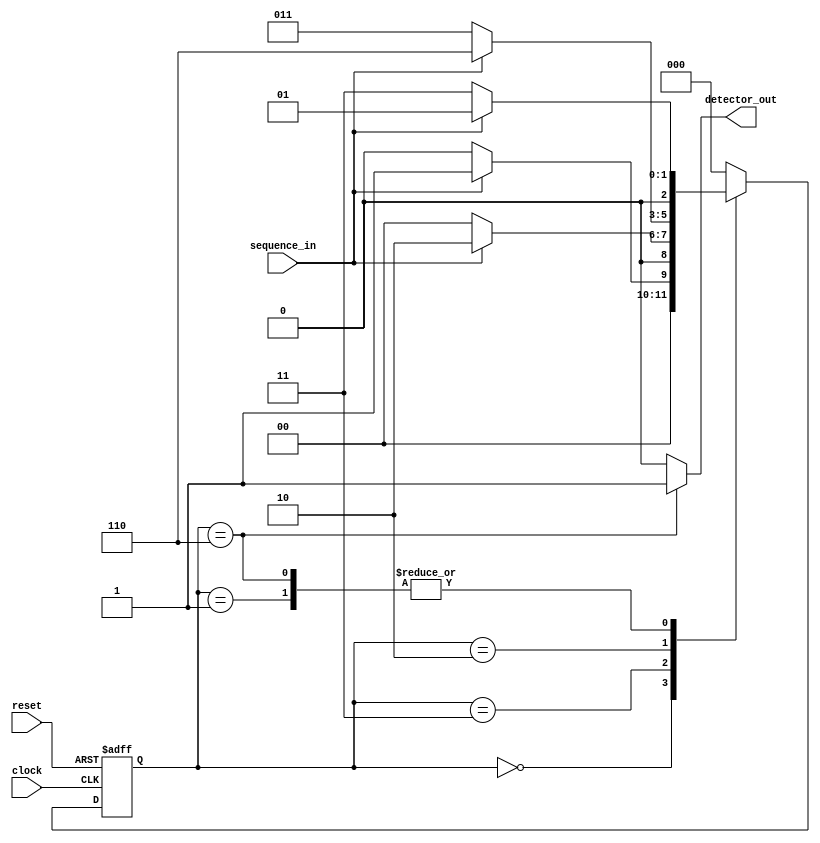
// fpga4student.com: FPGA projects, Verilog projects, VHDL projects
// Verilog project: Verilog code for Sequence Detector using Moore FSM
// The sequence being detected is "1011" or One Zero One One 
module Sequence_Detector_MOORE_Verilog(sequence_in,clock,reset,detector_out
    );
input clock; // clock signal
input reset; // reset input
input sequence_in; // binary input
output reg detector_out; // output of the sequence detector
parameter  Zero=3'b000, // "Zero" State
  One=3'b001, // "One" State
  OneZero=3'b011, // "OneZero" State
  OneZeroOne=3'b010, // "OnceZeroOne" State
  OneZeroOneOne=3'b110;// "OneZeroOneOne" State
reg [2:0] current_state, next_state; // current state and next state
// sequential memory of the Moore FSM
always @(posedge clock, posedge reset)
begin
 if(reset==1) 
 current_state <= Zero;// when reset=1, reset the state of the FSM to "Zero" State
 else
 current_state <= next_state; // otherwise, next state
end 
// combinational logic of the Moore FSM
// to determine next state 
always @(current_state,sequence_in)
begin
 case(current_state) 
 Zero:begin
  if(sequence_in==1)
   next_state <= One;
  else
   next_state <= Zero;
 end
 One:begin
  if(sequence_in==0)
   next_state <= OneZero;
  else
   next_state <= One;
 end
 OneZero:begin
  if(sequence_in==0)
   next_state <= Zero;
  else
   next_state <= OneZeroOne;
 end 
 OneZeroOne:begin
  if(sequence_in==0)
   next_state <= OneZero;
  else
   next_state <= OneZeroOneOne;
 end
 OneZeroOneOne:begin
  if(sequence_in==0)
   next_state <= OneZero;
  else
   next_state <= One;
 end
 default:next_state <= Zero;
 endcase
end
// combinational logic to determine the output
// of the Moore FSM, output only depends on current state
always @(current_state)
begin 
 case(current_state) 
 Zero:   detector_out <= 0;
 One:   detector_out <= 0;
 OneZero:  detector_out <= 0;
 OneZeroOne:  detector_out <= 0;
 OneZeroOneOne:  detector_out <= 1;
 default:  detector_out <= 0;
 endcase
end 
endmodule